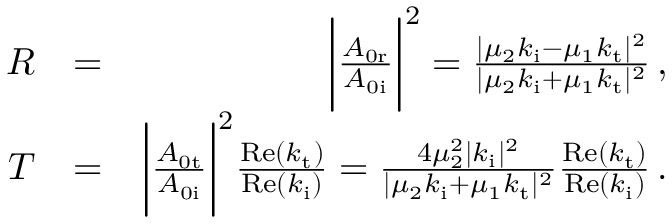
\begin{array} { r l r } { R } & { = } & { \bigg | \frac { A _ { \mathrm { 0 r } } } { A _ { \mathrm { 0 i } } } \bigg | ^ { 2 } = \frac { | \mu _ { 2 } k _ { \mathrm { i } } - \mu _ { 1 } k _ { \mathrm { t } } | ^ { 2 } } { | \mu _ { 2 } k _ { \mathrm { i } } + \mu _ { 1 } k _ { \mathrm { t } } | ^ { 2 } } \, , } \\ { T } & { = } & { \bigg | \frac { A _ { \mathrm { 0 t } } } { A _ { \mathrm { 0 i } } } \bigg | ^ { 2 } \frac { \mathrm { R e } ( k _ { \mathrm { t } } ) } { \mathrm { R e } ( k _ { \mathrm { i } } ) } = \frac { 4 \mu _ { 2 } ^ { 2 } | k _ { \mathrm { i } } | ^ { 2 } } { | \mu _ { 2 } k _ { \mathrm { i } } + \mu _ { 1 } k _ { \mathrm { t } } | ^ { 2 } } \frac { \mathrm { R e } ( k _ { \mathrm { t } } ) } { \mathrm { R e } ( k _ { \mathrm { i } } ) } \, . } \end{array}